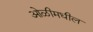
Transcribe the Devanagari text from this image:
ओळीमधील